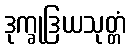
ဒုက္ခုဒြယသုတ္တံ